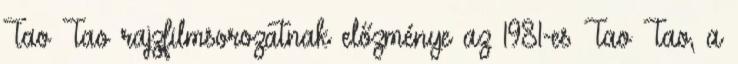
Tao Tao rajzfilmsorozatnak előzménye az 1981-es Tao Tao, a